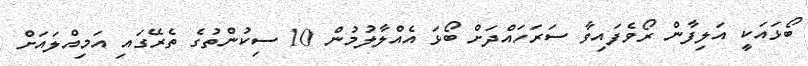
ބޯޅައަކީ އަލިފާން ރޯވެފައިވާ ސަރަހައްދަށް ބޯޅަ އެއްލާލުމުން 10 ސިކުންތުގެ ތެރޭގައި އަމިއްލައަށް